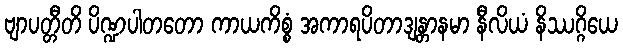
ဗျာပတ္တီတိ ပိဏ္ဍပါတတော ကာယကိစ္စံ အကာရပိတာဒျန္တာနမာ နီလိယံ နိဿဂ္ဂိယေ